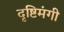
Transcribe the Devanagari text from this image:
दृष्टिमंगी